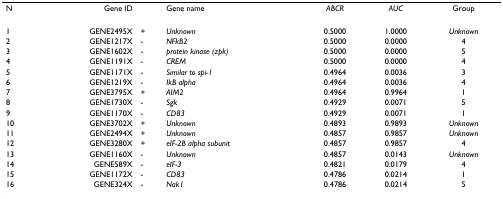
<table><thead><tr><td><b>N</b></td><td><b>Gene ID</b></td><td></td><td><b>Gene name</b></td><td><b><i>ABCR</i></b></td><td><b><i>AUC</i></b></td><td><b>Group</b></td></tr></thead><tbody><tr><td>1</td><td>GENE2495X</td><td>+</td><td><i>Unknown</i></td><td>0.5000</td><td>1.0000</td><td><i>Unknown</i></td></tr><tr><td>2</td><td>GENE1217X</td><td>-</td><td><i>NFkB2</i></td><td>0.5000</td><td>0.0000</td><td>4</td></tr><tr><td>3</td><td>GENE1602X</td><td>-</td><td><i>protein kinase (zpk)</i></td><td>0.5000</td><td>0.0000</td><td>5</td></tr><tr><td>4</td><td>GENE1191X</td><td>-</td><td><i>CREM</i></td><td>0.5000</td><td>0.0000</td><td>4</td></tr><tr><td>5</td><td>GENE1171X</td><td>-</td><td><i>Similar to spi-1</i></td><td>0.4964</td><td>0.0036</td><td>3</td></tr><tr><td>6</td><td>GENE1219X</td><td>-</td><td><i>IkB alpha</i></td><td>0.4964</td><td>0.0036</td><td>4</td></tr><tr><td>7</td><td>GENE3795X</td><td>+</td><td><i>AIM2</i></td><td>0.4964</td><td>0.9964</td><td>1</td></tr><tr><td>8</td><td>GENE1730X</td><td>-</td><td><i>Sgk</i></td><td>0.4929</td><td>0.0071</td><td>5</td></tr><tr><td>9</td><td>GENE1170X</td><td>-</td><td><i>CD83</i></td><td>0.4929</td><td>0.0071</td><td>1</td></tr><tr><td>10</td><td>GENE3702X</td><td>+</td><td><i>Unknown</i></td><td>0.4893</td><td>0.9893</td><td><i>Unknown</i></td></tr><tr><td>11</td><td>GENE2494X</td><td>+</td><td><i>Unknown</i></td><td>0.4857</td><td>0.9857</td><td><i>Unknown</i></td></tr><tr><td>12</td><td>GENE3280X</td><td>+</td><td><i>eIF-2B alpha subunit</i></td><td>0.4857</td><td>0.9857</td><td>4</td></tr><tr><td>13</td><td>GENE1160X</td><td>-</td><td><i>Unknown</i></td><td>0.4857</td><td>0.0143</td><td><i>Unknown</i></td></tr><tr><td>14</td><td>GENE589X</td><td>-</td><td><i>eIF-3</i></td><td>0.4821</td><td>0.0179</td><td>4</td></tr><tr><td>15</td><td>GENE1172X</td><td>-</td><td><i>CD83</i></td><td>0.4786</td><td>0.0214</td><td>1</td></tr><tr><td>16</td><td>GENE324X</td><td>-</td><td><i>Nak1</i></td><td>0.4786</td><td>0.0214</td><td>5</td></tr></tbody></table>